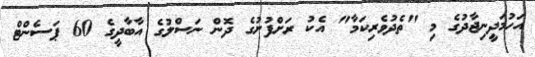
އަހުމަދީނިޖާދުގެ މި "ތެދުވެރިކަމާ" އެކު ރަށްފުށުގެ ދޮން ނަސްލުގެ އާބާދީގެ 60 ޕަސެންޓް